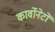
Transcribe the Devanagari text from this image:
कार्वोनेटों